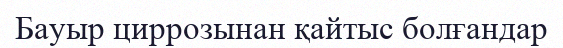
Бауыр циррозынан қайтыс болғандар